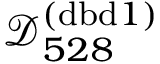
\mathcal { D } _ { 5 2 8 } ^ { ( \mathrm { d b d } 1 ) }